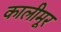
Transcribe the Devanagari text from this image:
कालीमूर